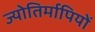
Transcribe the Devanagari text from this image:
ज्योतिर्मापियों